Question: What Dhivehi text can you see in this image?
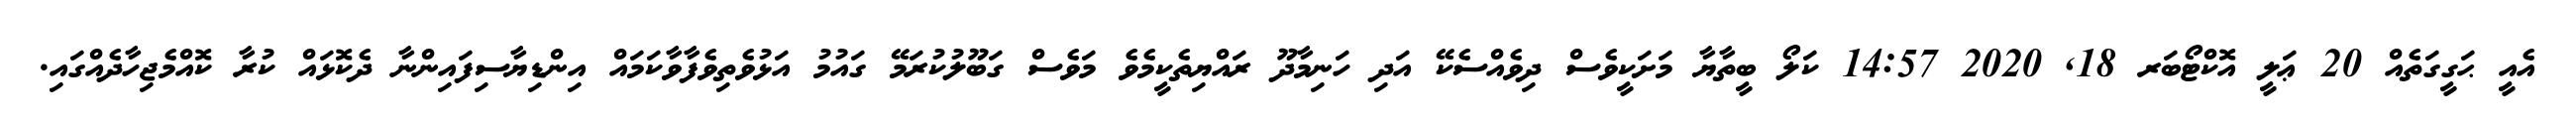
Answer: އެއީ ޙަގީގަތެއް 20 ޢަލީ އޮކްޓޯބަރ 18, 2020 14:57 ކަލޯ ބީތާޔާ މަށަކީވެސް ދިވެއްސެކޭ އަދި ހަނިމާދޫ ރައްޔިތެކީމެވެ މަވެސް ގަބޫލުކުރަމޭ ގައުމު އަޅުވެތިވެފާވާކަމައް އިންޑިޔާސިފައިންނާ ދެކޮޅައް ކުރާ ކޮއްމެޖިހާދެއްގައި.